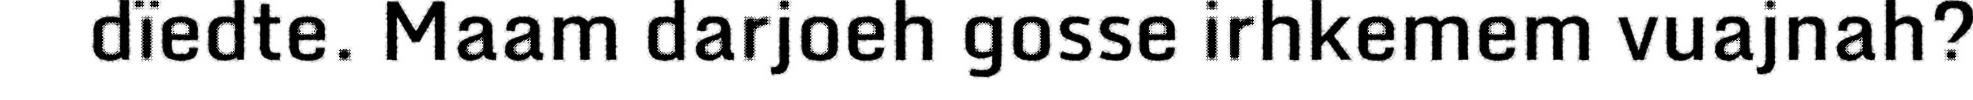
dïedte. Maam darjoeh gosse irhkemem vuajnah?